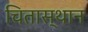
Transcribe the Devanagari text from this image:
चितास्थान